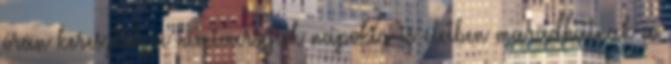
órán keresztül, a hímivarsejtek napokig is életben maradhatnak a